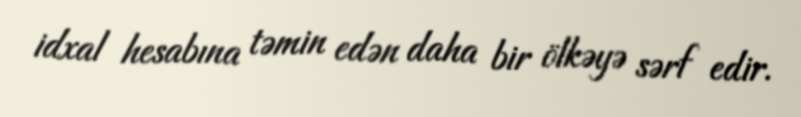
idxal hesabına təmin edən daha bir ölkəyə sərf edir.